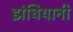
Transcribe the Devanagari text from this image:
झंघियानी